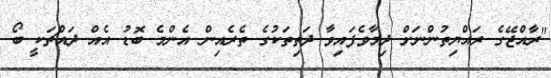
"ރާއްޖޭގެ ރައްޔިތުންނަށް ދިމާވެފައިވާ ދަތިތަކުގެ ތެރެއިން އެންމެ ބޮޑު އެއް ދައްޗަކީ ބޯ